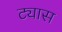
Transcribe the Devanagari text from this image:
ट्यास